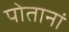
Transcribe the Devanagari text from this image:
पोतानां